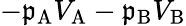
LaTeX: -\mathfrak{p}_{\mathrm{{{A}}}}V_{\mathrm{{{A}}}}-\mathfrak{p}_{\mathrm{{{B}}}}V_{\mathrm{{{B}}}}